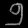
Digit: ၅